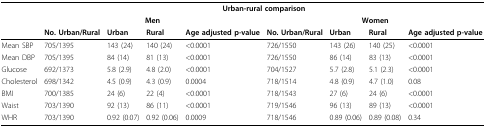
<table><thead><tr><td></td><td colspan="8"><b>Urban-rural comparison</b></td></tr><tr><td></td><td colspan="4"><b>Men</b></td><td colspan="4"><b>Women</b></td></tr><tr><td></td><td><b>No. Urban/Rural</b></td><td><b>Urban</b></td><td><b>Rural</b></td><td><b>Age adjusted p-value</b></td><td><b>No. Urban/Rural</b></td><td><b>Urban</b></td><td><b>Rural</b></td><td><b>Age adjusted p-value</b></td></tr></thead><tbody><tr><td>Mean SBP</td><td>705/1395</td><td>143 (24)</td><td>140 (24)</td><td>&lt;0.0001</td><td>726/1550</td><td>143 (26)</td><td>140 (25)</td><td>&lt;0.0001</td></tr><tr><td>Mean DBP</td><td>705/1395</td><td>84 (14)</td><td>81 (13)</td><td>&lt;0.0001</td><td>726/1550</td><td>86 (14)</td><td>83 (13)</td><td>&lt;0.0001</td></tr><tr><td>Glucose</td><td>692/1373</td><td>5.8 (2.9)</td><td>4.8 (2.0)</td><td>&lt;0.0001</td><td>704/1527</td><td>5.7 (2.8)</td><td>5.1 (2.3)</td><td>&lt;0.0001</td></tr><tr><td>Cholesterol</td><td>698/1342</td><td>4.5 (0.9)</td><td>4.3 (0.9)</td><td>0.0004</td><td>718/1514</td><td>4.8 (0.9)</td><td>4.7 (1.0)</td><td>0.08</td></tr><tr><td>BMI</td><td>700/1385</td><td>24 (6)</td><td>22 (4)</td><td>&lt;0.0001</td><td>718/1543</td><td>27 (6)</td><td>24 (6)</td><td>&lt;0.0001</td></tr><tr><td>Waist</td><td>703/1390</td><td>92 (13)</td><td>86 (11)</td><td>&lt;0.0001</td><td>719/1546</td><td>96 (13)</td><td>89 (13)</td><td>&lt;0.0001</td></tr><tr><td>WHR</td><td>703/1390</td><td>0.92 (0.07)</td><td>0.92 (0.06)</td><td>0.0009</td><td>718/1546</td><td>0.89 (0.06)</td><td>0.89 (0.08)</td><td>0.34</td></tr></tbody></table>